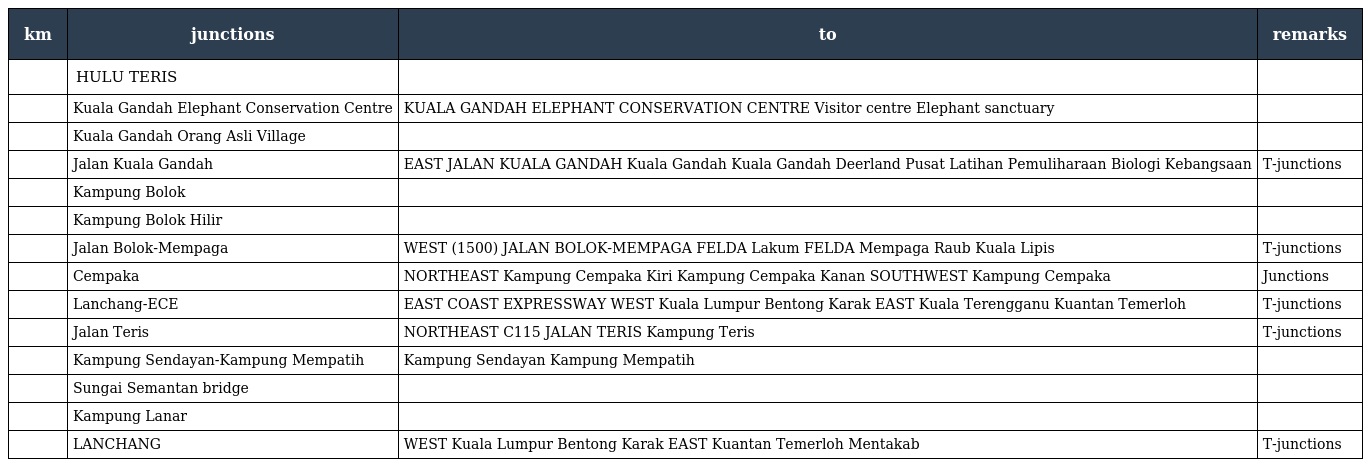
| km | junctions | to | remarks |
 | --- | --- | --- | --- |
 |  | HULU TERIS |  |  |
 |  | Kuala Gandah Elephant Conservation Centre | KUALA GANDAH ELEPHANT CONSERVATION CENTRE Visitor centre Elephant sanctuary |  |
 |  | Kuala Gandah Orang Asli Village |  |  |
 |  | Jalan Kuala Gandah | EAST JALAN KUALA GANDAH Kuala Gandah Kuala Gandah Deerland Pusat Latihan Pemuliharaan Biologi Kebangsaan | T-junctions |
 |  | Kampung Bolok |  |  |
 |  | Kampung Bolok Hilir |  |  |
 |  | Jalan Bolok-Mempaga | WEST (1500) JALAN BOLOK-MEMPAGA FELDA Lakum FELDA Mempaga Raub Kuala Lipis | T-junctions |
 |  | Cempaka | NORTHEAST Kampung Cempaka Kiri Kampung Cempaka Kanan SOUTHWEST Kampung Cempaka | Junctions |
 |  | Lanchang-ECE | EAST COAST EXPRESSWAY WEST Kuala Lumpur Bentong Karak EAST Kuala Terengganu Kuantan Temerloh | T-junctions |
 |  | Jalan Teris | NORTHEAST C115 JALAN TERIS Kampung Teris | T-junctions |
 |  | Kampung Sendayan-Kampung Mempatih | Kampung Sendayan Kampung Mempatih |  |
 |  | Sungai Semantan bridge |  |  |
 |  | Kampung Lanar |  |  |
 |  | LANCHANG | WEST Kuala Lumpur Bentong Karak EAST Kuantan Temerloh Mentakab | T-junctions |